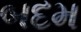
બદમ